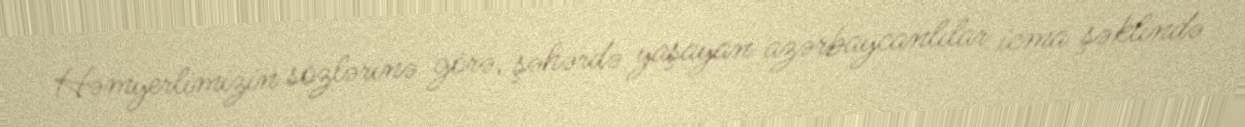
Həmyerlimizin sözlərinə görə, şəhərdə yaşayan azərbaycanlılar icma şəklində